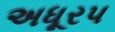
અધૂરપ